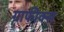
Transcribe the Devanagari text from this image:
ग्राफीक्स